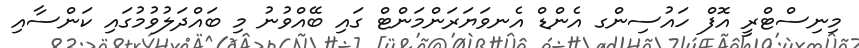
މިނިސްޓްރީ އޮފް ހައުސިންގ އެންޑް އެނވަޔަރަންމަންޓް ގައި ބޭއްވުނު މި ބައްދަލުވުމުގައި ކަންސާއި